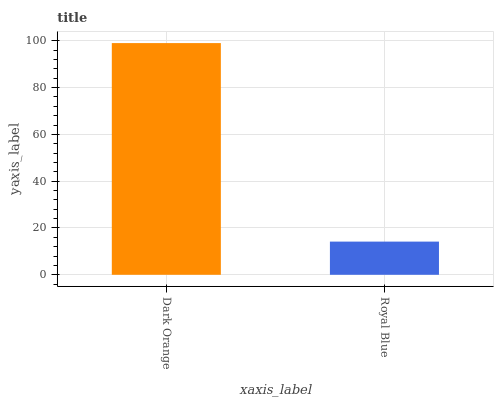
| xaxis_label | bars |
 | --- | --- |
 | Dark Orange | 99 |
 | Royal Blue | 14.2 |